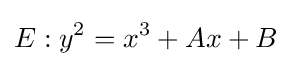
E:y^{2}=x^{3}+Ax+B